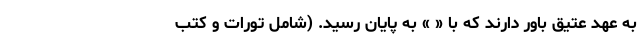
به عهد عتیق باور دارند که با « » به پایان رسید. (شامل تورات و کتب